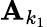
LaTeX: \mathbf{A}_{k_{1}}